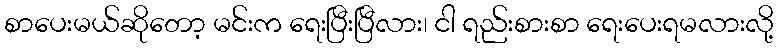
စာပေးမယ်ဆိုတော့ မင်းက ရေးပြီးပြီလား၊ ငါ ရည်းစားစာ ရေးပေးရမလားလို့